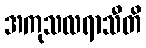
အကုသလရာသီတိ